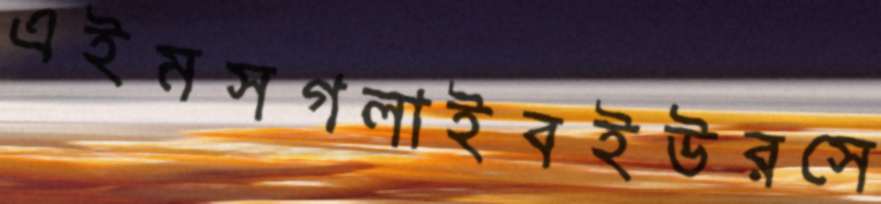
এইমসগলাইবইউরসে